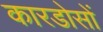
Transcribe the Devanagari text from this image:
कारडोसों